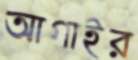
আগাইর